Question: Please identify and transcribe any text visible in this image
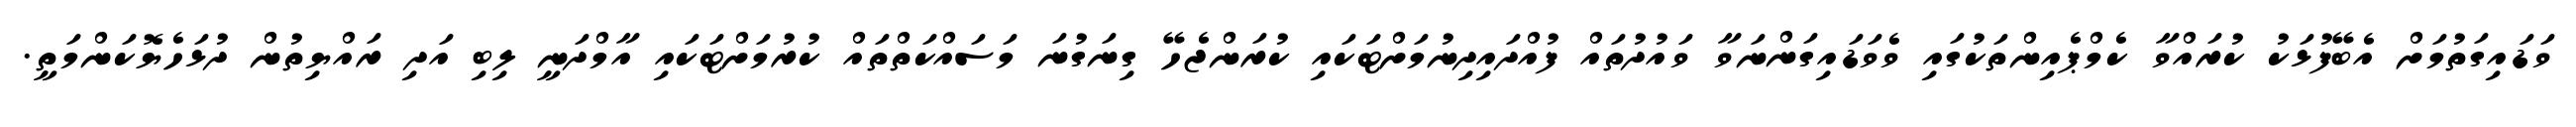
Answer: ވަޑައިގަތުމަށް އެބޭފުޅަކު ކުރައްވާ ކެމްޕެއިންތަކުގައި ވެވަޑައިގަންނަވާ ވައުދުތައް ފުއްދައިދިނުމަށްޓަކައި ކުރަންޖެހޭ ގިނަގުނަ މަސައްކަތްތައް ކުރުމަށްޓަކައި އާމްދަނީ ލިބި އަދި ރައްޔިތުން ދުޅަހެޔޮކަންމަތީ.